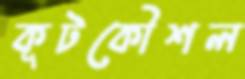
কূটকৌশল